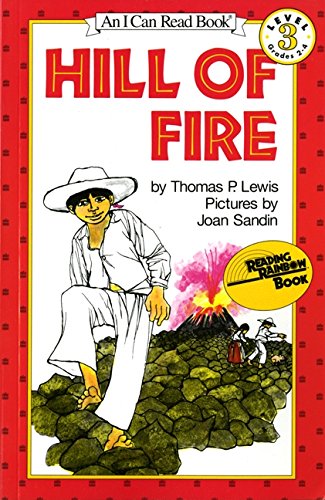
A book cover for Hill Of Fire (I Can Read, Book 3) (I Can Read Level 3); Thomas P. Lewis; Children's Books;